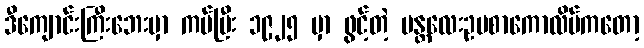
ဒီကျောင်းကြီးဘေးမှာ ကပ်ပြီး ၁၉၂၅ မှာ ဖွင့်တဲ့ မန္တလေးဥပစာကောလိပ်ကတော့